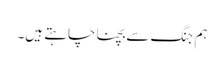
ہم جنگ سے بچنا چاہتے ہیں۔